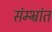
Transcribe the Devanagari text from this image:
संम्भ्रांत